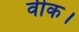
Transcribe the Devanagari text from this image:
वीक।